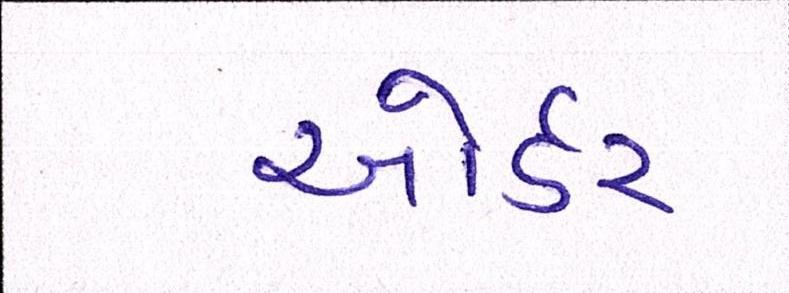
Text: ઓર્ડર